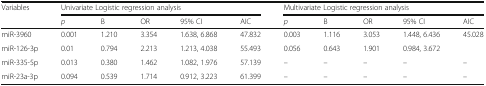
| <ROWSPAN=2> Variables | <COLSPAN=5> Univariate Logistic regression analysis | <COLSPAN=5> Multivariate Logistic regression analysis |
 | p | B | OR | 95% CI | AIC | p | B | OR | 95% CI | AIC |
 | --- | --- | --- | --- | --- | --- | --- | --- | --- | --- | --- |
 | miR-3960 | 0.001 | 1.210 | 3.354 | 1.638, 6.868 | 47.832 | 0.003 | 1.116 | 3.053 | 1.448, 6.436 | <ROWSPAN=2> 45.028 |
 | miR-126-3p | 0.01 | 0.794 | 2.213 | 1.213, 4.038 | 55.493 | 0.056 | 0.643 | 1.901 | 0.984, 3.672 |
 | miR-335-5p | 0.013 | 0.380 | 1.462 | 1.082, 1.976 | 57.139 | – | – | – | – | – |
 | miR-23a-3p | 0.094 | 0.539 | 1.714 | 0.912, 3.223 | 61.399 | – | – | – | – | – |